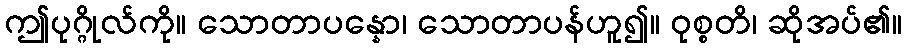
ဤပုဂ္ဂိုလ်ကို။ သောတာပန္နော၊ သောတာပန်ဟူ၍။ ဝုစ္စတိ၊ ဆိုအပ်၏။